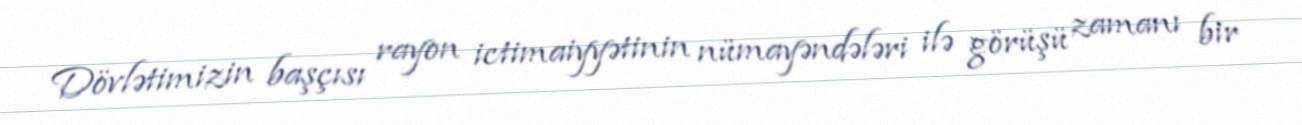
Dövlətimizin başçısı rayon ictimaiyyətinin nümayəndələri ilə görüşü zamanı bir